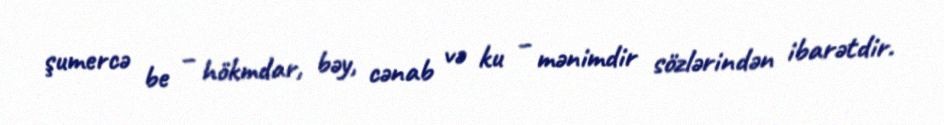
şumercə be – hökmdar, bəy, cənab və ku – mənimdir sözlərindən ibarətdir.